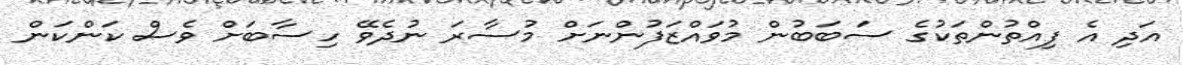
އަދި އެ ފިއްތުންތަކުގެ ސަބަބުން މުވައްޒަފުންނަށް މުސާރަ ނުދެވޭ ހިސާބަށް ވެސް ކަންކަން